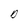
Character: D